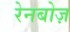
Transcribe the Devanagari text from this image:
रेनबोज़